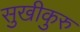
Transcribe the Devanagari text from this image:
सुखीकुरु